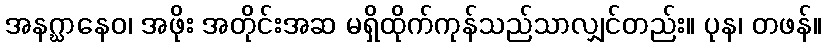
အနဂ္ဃာနေဝ၊ အဖိုး အတိုင်းအဆ မရှိထိုက်ကုန်သည်သာလျှင်တည်း။ ပုန၊ တဖန်။